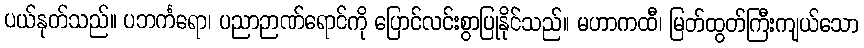
ပယ်နုတ်သည်။ ပဘင်္ကရော၊ ပညာဉာဏ်ရောင်ကို ပြောင်လင်းစွာပြုနိုင်သည်။ မဟာကထီ၊ မြတ်ထွတ်ကြီးကျယ်သော